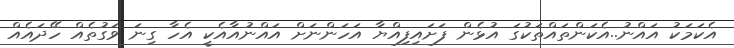
އެކަމަކު އައްނު..އެކަންތައްތަކުގަ އުޅެން ފަށައިފިއްޔާ އަހަންނަށް އައްނުއާއެކީ އެހާ ގިނަ ވަގުތެއް ހޭދައެއް